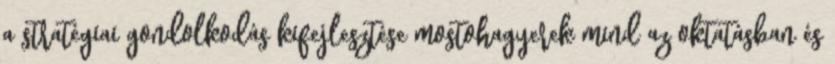
a stratégiai gondolkodás kifejlesztése mostohagyerek mind az oktatásban és